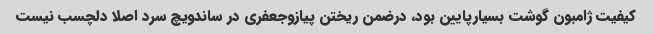
کیفیت ژامبون گوشت بسیارپایین بود، درضمن ریختن پیازوجعفری در ساندویچ سرد اصلا دلچسب نیست